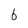
Character: 6